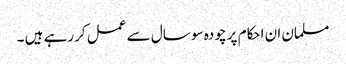
مسلمان ان احکام پر چودہ سو سال سے عمل کررہے ہیں ۔